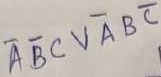
Text: ABCVABC